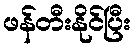
ဖန်တီးနိုင်ပြီး